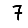
Digit: 7